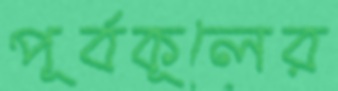
পূর্বকূলের